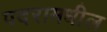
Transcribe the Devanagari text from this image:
पदरामधील